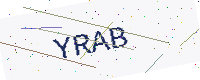
Text: YRAB